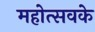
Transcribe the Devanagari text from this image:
महोत्सवके